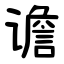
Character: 谵